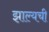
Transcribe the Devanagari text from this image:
झाल्यची